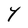
Character: Y